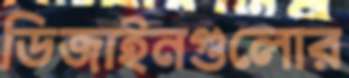
ডিজাইনগুলোর